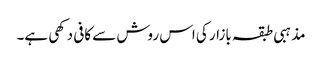
مذہبی طبقہ بازار کی اس روش سے کافی دکھی ہے۔